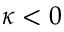
\kappa < 0